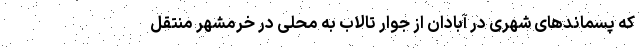
که پسماندهای شهری در آبادان از جوار تالاب به محلی در خرمشهر منتقل